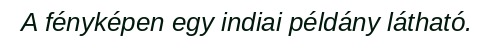
A fényképen egy indiai példány látható.